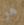
هو